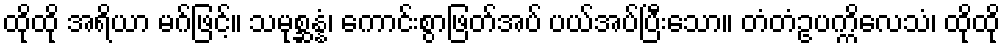
ထိုထို အရိယာ မဂ်ဖြင့်။ သမုစ္ဆန္နံ၊ ကောင်းစွာဖြတ်အပ် ပယ်အပ်ပြီးသော။ တံတံဥပက္ကိလေသံ၊ ထိုထို